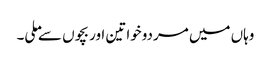
وہاں میں مردوخواتین اور بچوں سے ملی۔